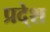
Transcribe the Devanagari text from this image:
प्रदे्श